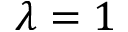
\lambda = 1